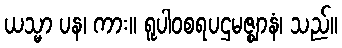
ယသ္မာ ပန၊ ကား။ ရူပါဝစရပဌမဇ္ဈာနံ၊ သည်။